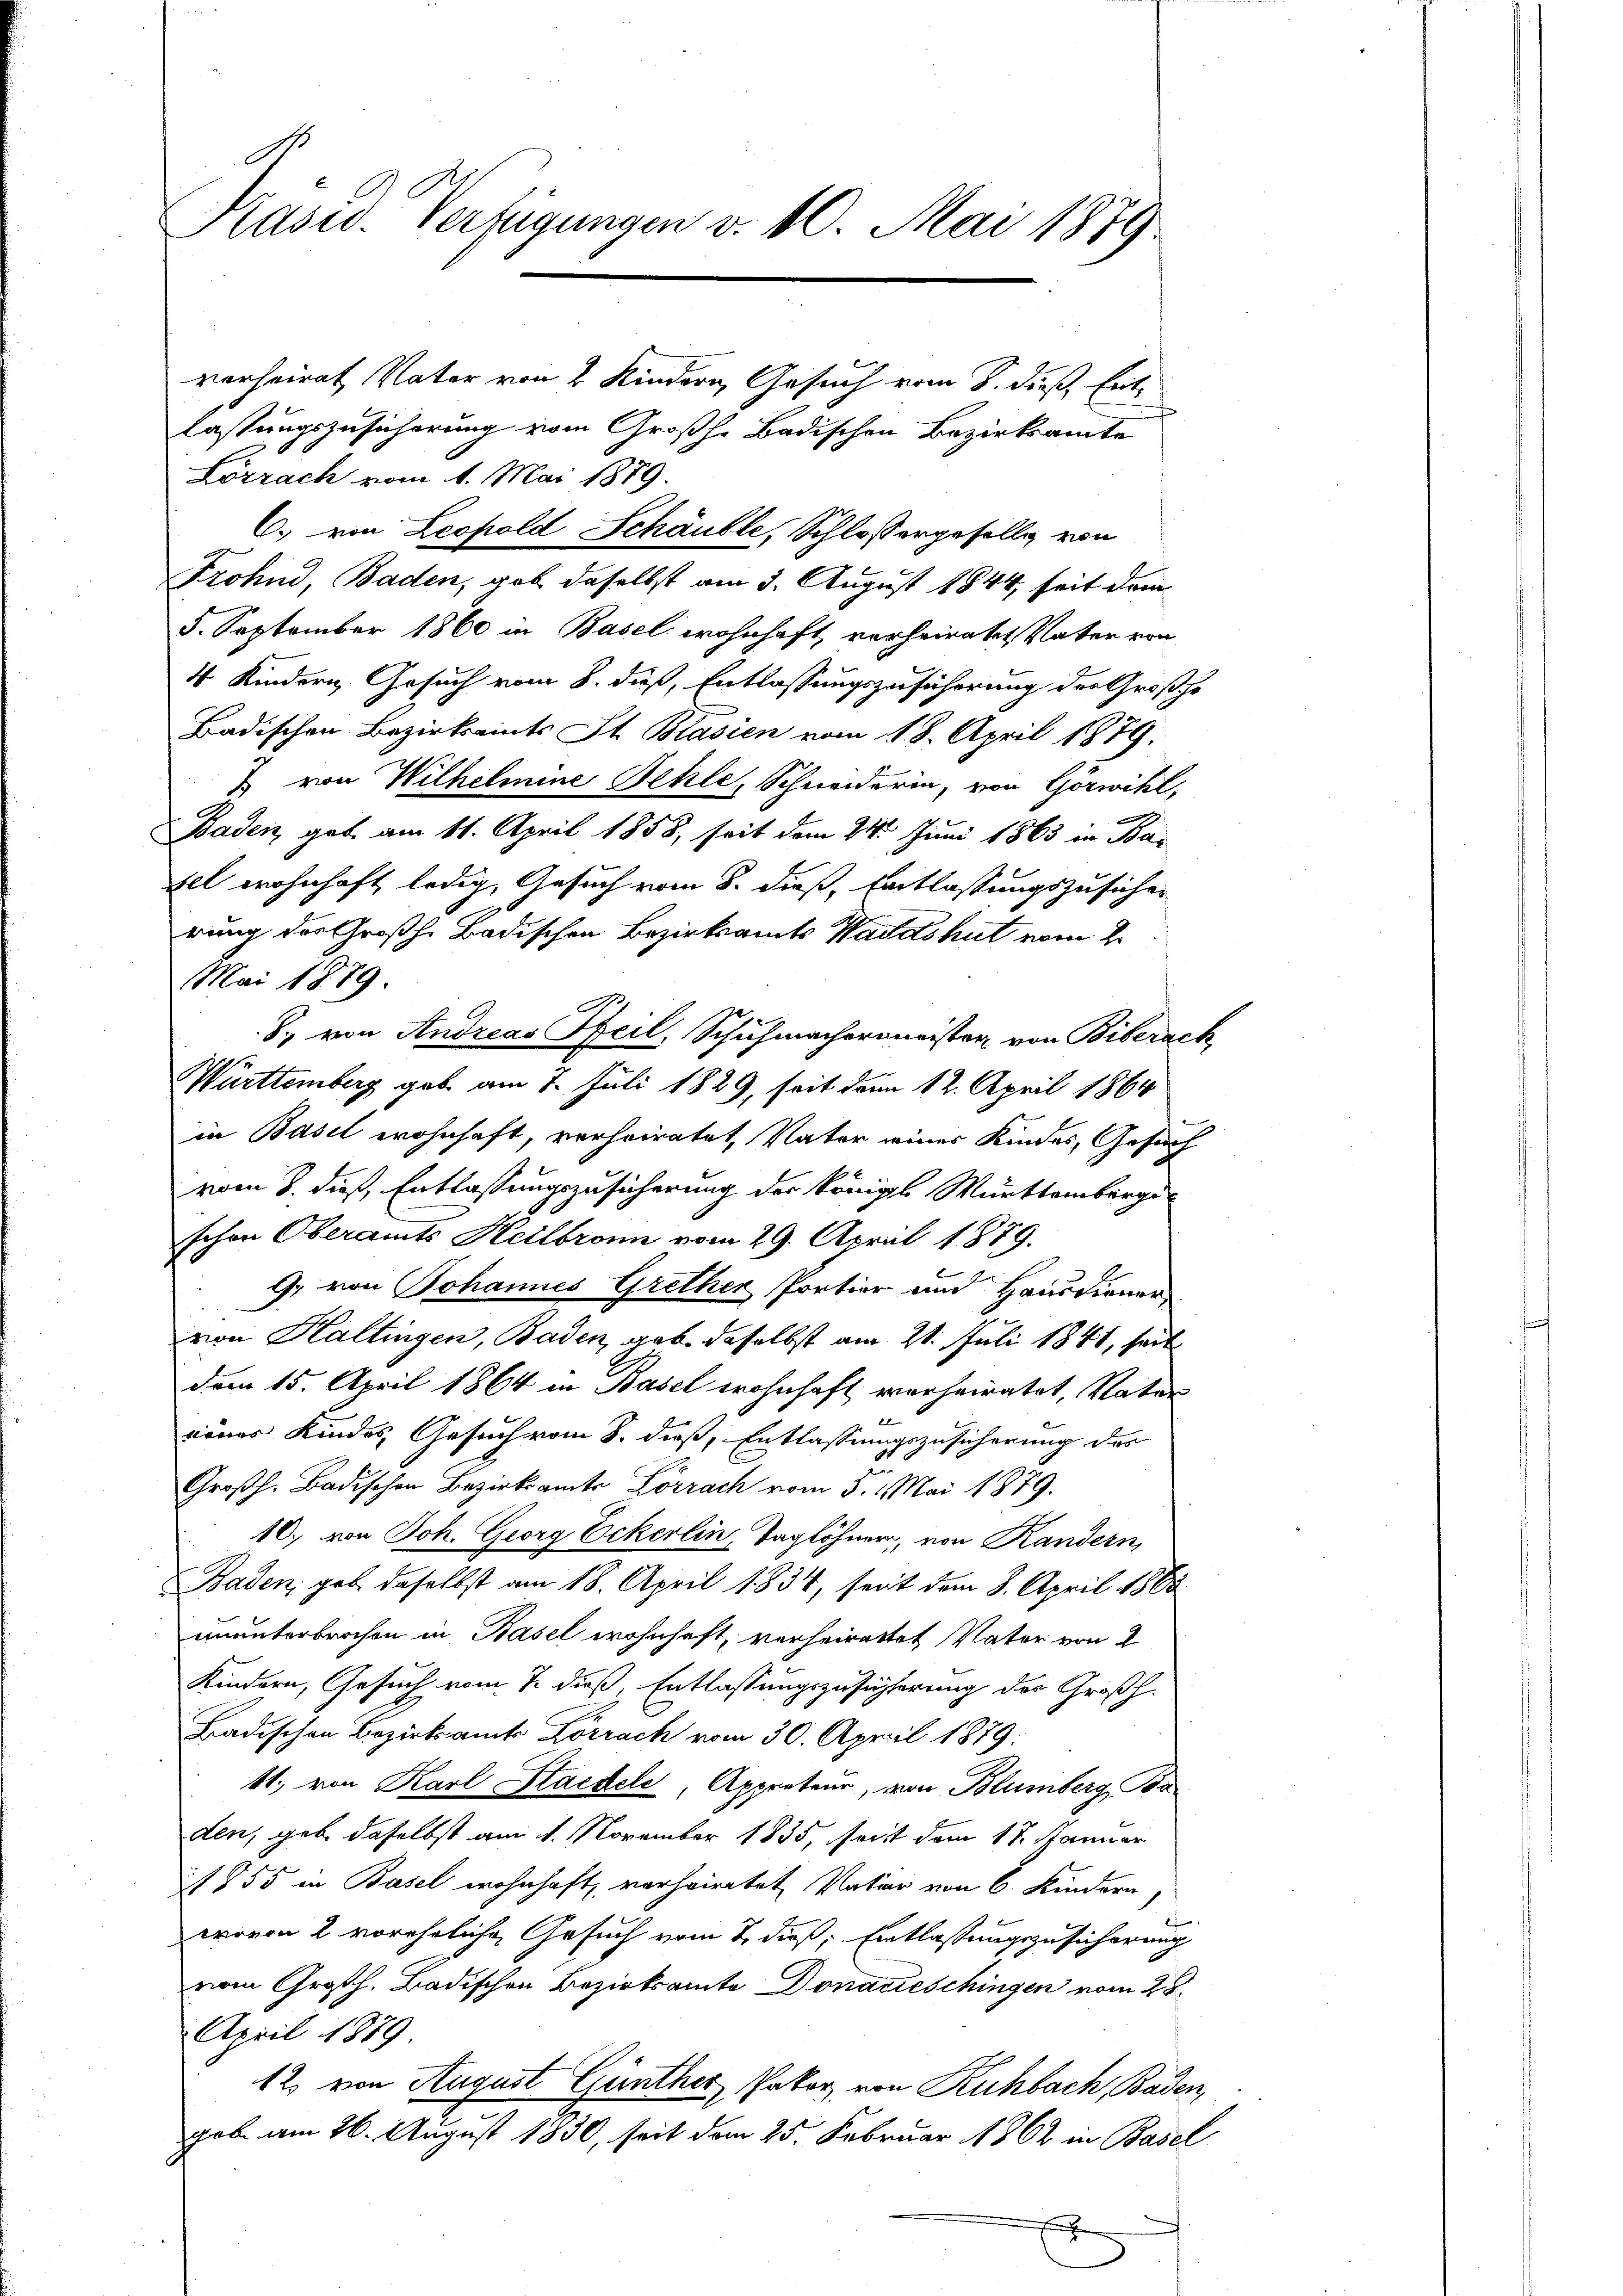
Präsid. Verfügungen v. 10. Mai 1879.

verheirat Vater von 2 Kindern Gesuch vom 8. dieß, Ent
lassungszusicherung vom Großh. Badischen Bezirksamte
Lörrach vom 1. Mai 1879.
Frohnd, Baden, gab daselbst am 3. August 1844, seit dem
5. September 1860 in Basel wohnhaft, verheiratet, Vater von
4 Kindern, Gesuch vom 8. dieß, Entlassungszusicherung der Großhe
Badischen Bezirksamts St. Blasien vom 18. April 1879.
2 von Wilhelmine Behle, Schneiderin, von Görwihl,

Baden, gab am 11. April 1858, seit dem 24. Juni 1863 in Bazel wohnhaft ledig, Gesuch vom 8. dieß, Entlassungszusicher
rung der Großh. Badischen Bezirksamts Waldshut vom 2.
Mai 1879
S. von Andreas Heil, Schuhmachermeisten von Biberach
in Basel wohnhaft, verheiratet, Vater seines Kindes, Gesuch
vom 8. dieß, Entlassungszusicherung der königl. Württemberg
schon Oberamts Heilbronn vom 29. April 1879.
G. von Johannes Grether Portier und Hausdiener
rion Haltingen, Baden, gabe daselbst am 21. Juli 1841, seit
dem 15. April 1864 in Basel wohnhaft verheiratet, Vater
nenes Kindes, Gesuch vom 8. dieß, Entlassungszusicherung des
Großh. Badischen Bezirksamts Lörrach vom 5. 1. Mai 1879.
10. von Joh. Georg Eckerlin, Taglöhner, von Randern,
Baden, geb. daselbst am 18. April 1834, seit dem 8. April 1863.
ununterbrochen in Basel wohnhaft, vorheiratet Vater von 2
Kindern, Gesuch vom 7. dieß, Entlassungszusicherung der Großh.
Badischen Bezirksamt Lörrach vom 30. April 1879.
11., von Karl Stackele, Appreteur, von Blumberg, Beden, gebe daselbst am 11. November 1835, seit dem 17. Januar
1855 in Basel wohnhaft, verheiratet, Vater von 6 Kindern,
wovon 2 voreheliche Gesuch vom 2. dieß: Entlassungszusicherung
vom Großh. Badischen Bezirksamte Donarieschingen vom 28.
April 1879
12. von August Günther, Pater, von Ruhbach, Baden,
gob am 26. August 1830, seit dem 25. Februar 1862 in Basel
d

C. von Leopold Schäuble, Schlossergeselle von

N1
Württemberg gab am 7. Juli 1829, seit dem 12. April 1864